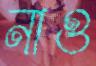
নাগু